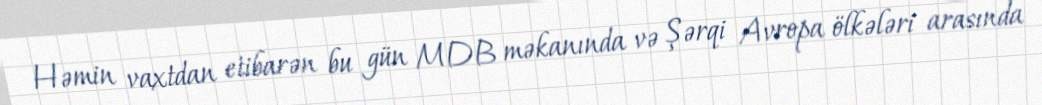
Həmin vaxtdan etibarən bu gün MDB məkanında və Şərqi Avropa ölkələri arasında